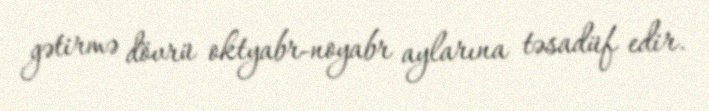
gətirmə dövrü oktyabr-noyabr aylarına təsadüf edir.